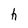
Character: h